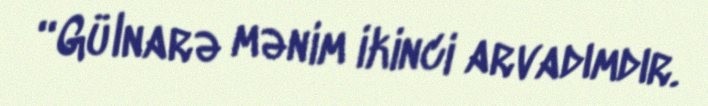
“Gülnarə mənim ikinci arvadımdır.